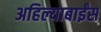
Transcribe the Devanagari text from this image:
अहिल्याबाईंस